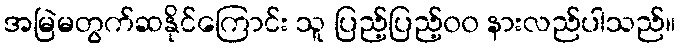
အမြဲမတွက်ဆနိုင်ကြောင်း သူ ပြည့်ပြည့်၀၀ နားလည်ပါသည်။